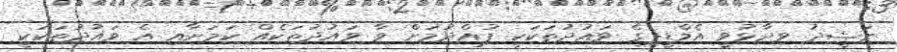
ނަޝީދު ވިދާޅުވީ އެމްޑީޕީގެ ވައުދުތަކަކީ ފުއްދުމަށް ވާ ވައުދުތަކެއް ކަމަށާއި އެ ވައުދުތަކަކީ